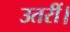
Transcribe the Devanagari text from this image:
उतरीं।